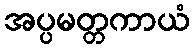
အပ္ပမတ္တကာယံ